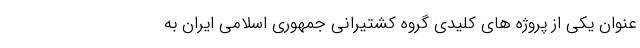
عنوان يكي از پروژه هاي كليدي گروه كشتيراني جمهوري اسلامي ايران به